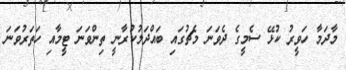
މާދަމާ ހަވީރު ކުޅޭ ސެމީގެ ދެވަނަ މެޗުގައި ބައްދަލުކުރާނީ ތިންވަނަ ޓީމާއި ހަތަރުވަނަ